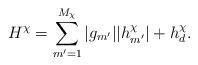
LaTeX: \begin{align*} H^\chi = \sum_{m'=1}^{M_\chi}|g_{m'}||h^\chi_{m'}|+h^\chi_d.\end{align*}